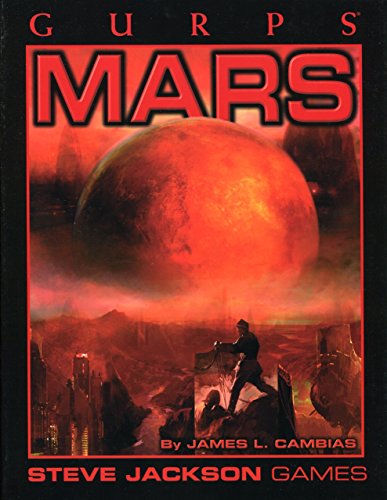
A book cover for GURPS Mars; James Cambias; Science Fiction & Fantasy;